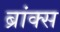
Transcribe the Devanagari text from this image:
ब्रांक्स